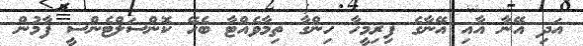
އަދި އޭނާ އާއި އޭނާގެ ފިރިމީހާ ހިންގާ ތިމާވެއްޓާ ބެހޭ ކޮންސަލްޓެންސީ ފާމުން